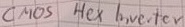
Text: CMOS Hex